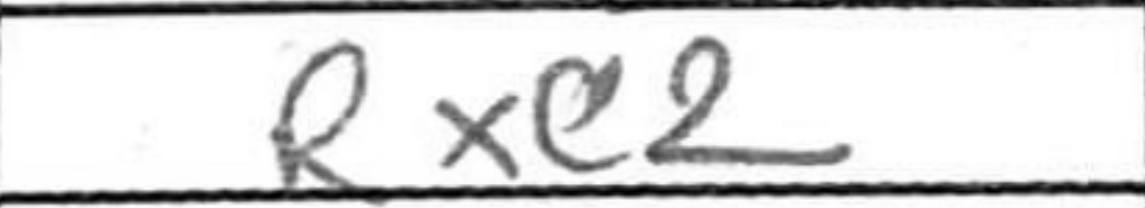
Transcription: Rxc2